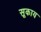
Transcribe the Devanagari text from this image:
सूकाय